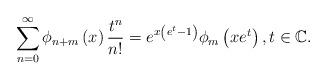
LaTeX: \begin{align*}\sum_{n=0}^{\infty}\phi_{n+m}\left( x\right) \frac{t^{n}}{n!}=e^{x\left(e^{t}-1\right) }\phi_{m}\left( xe^{t}\right) ,t\in\mathbb{C}. \end{align*}